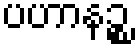
ပဟာနဉ္စ